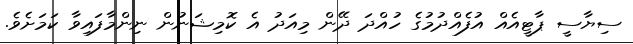
ސިޔާސީ ޕާޓީއެއް އުފެއްދުމުގެ ހުއްދަ ދޭން މިއަދު އެ ކޮމިޝަނުން ނިންމާފައިވާ ކަމަށެވެ.